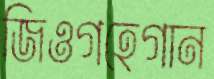
জিওগহেগান